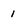
Character: 1